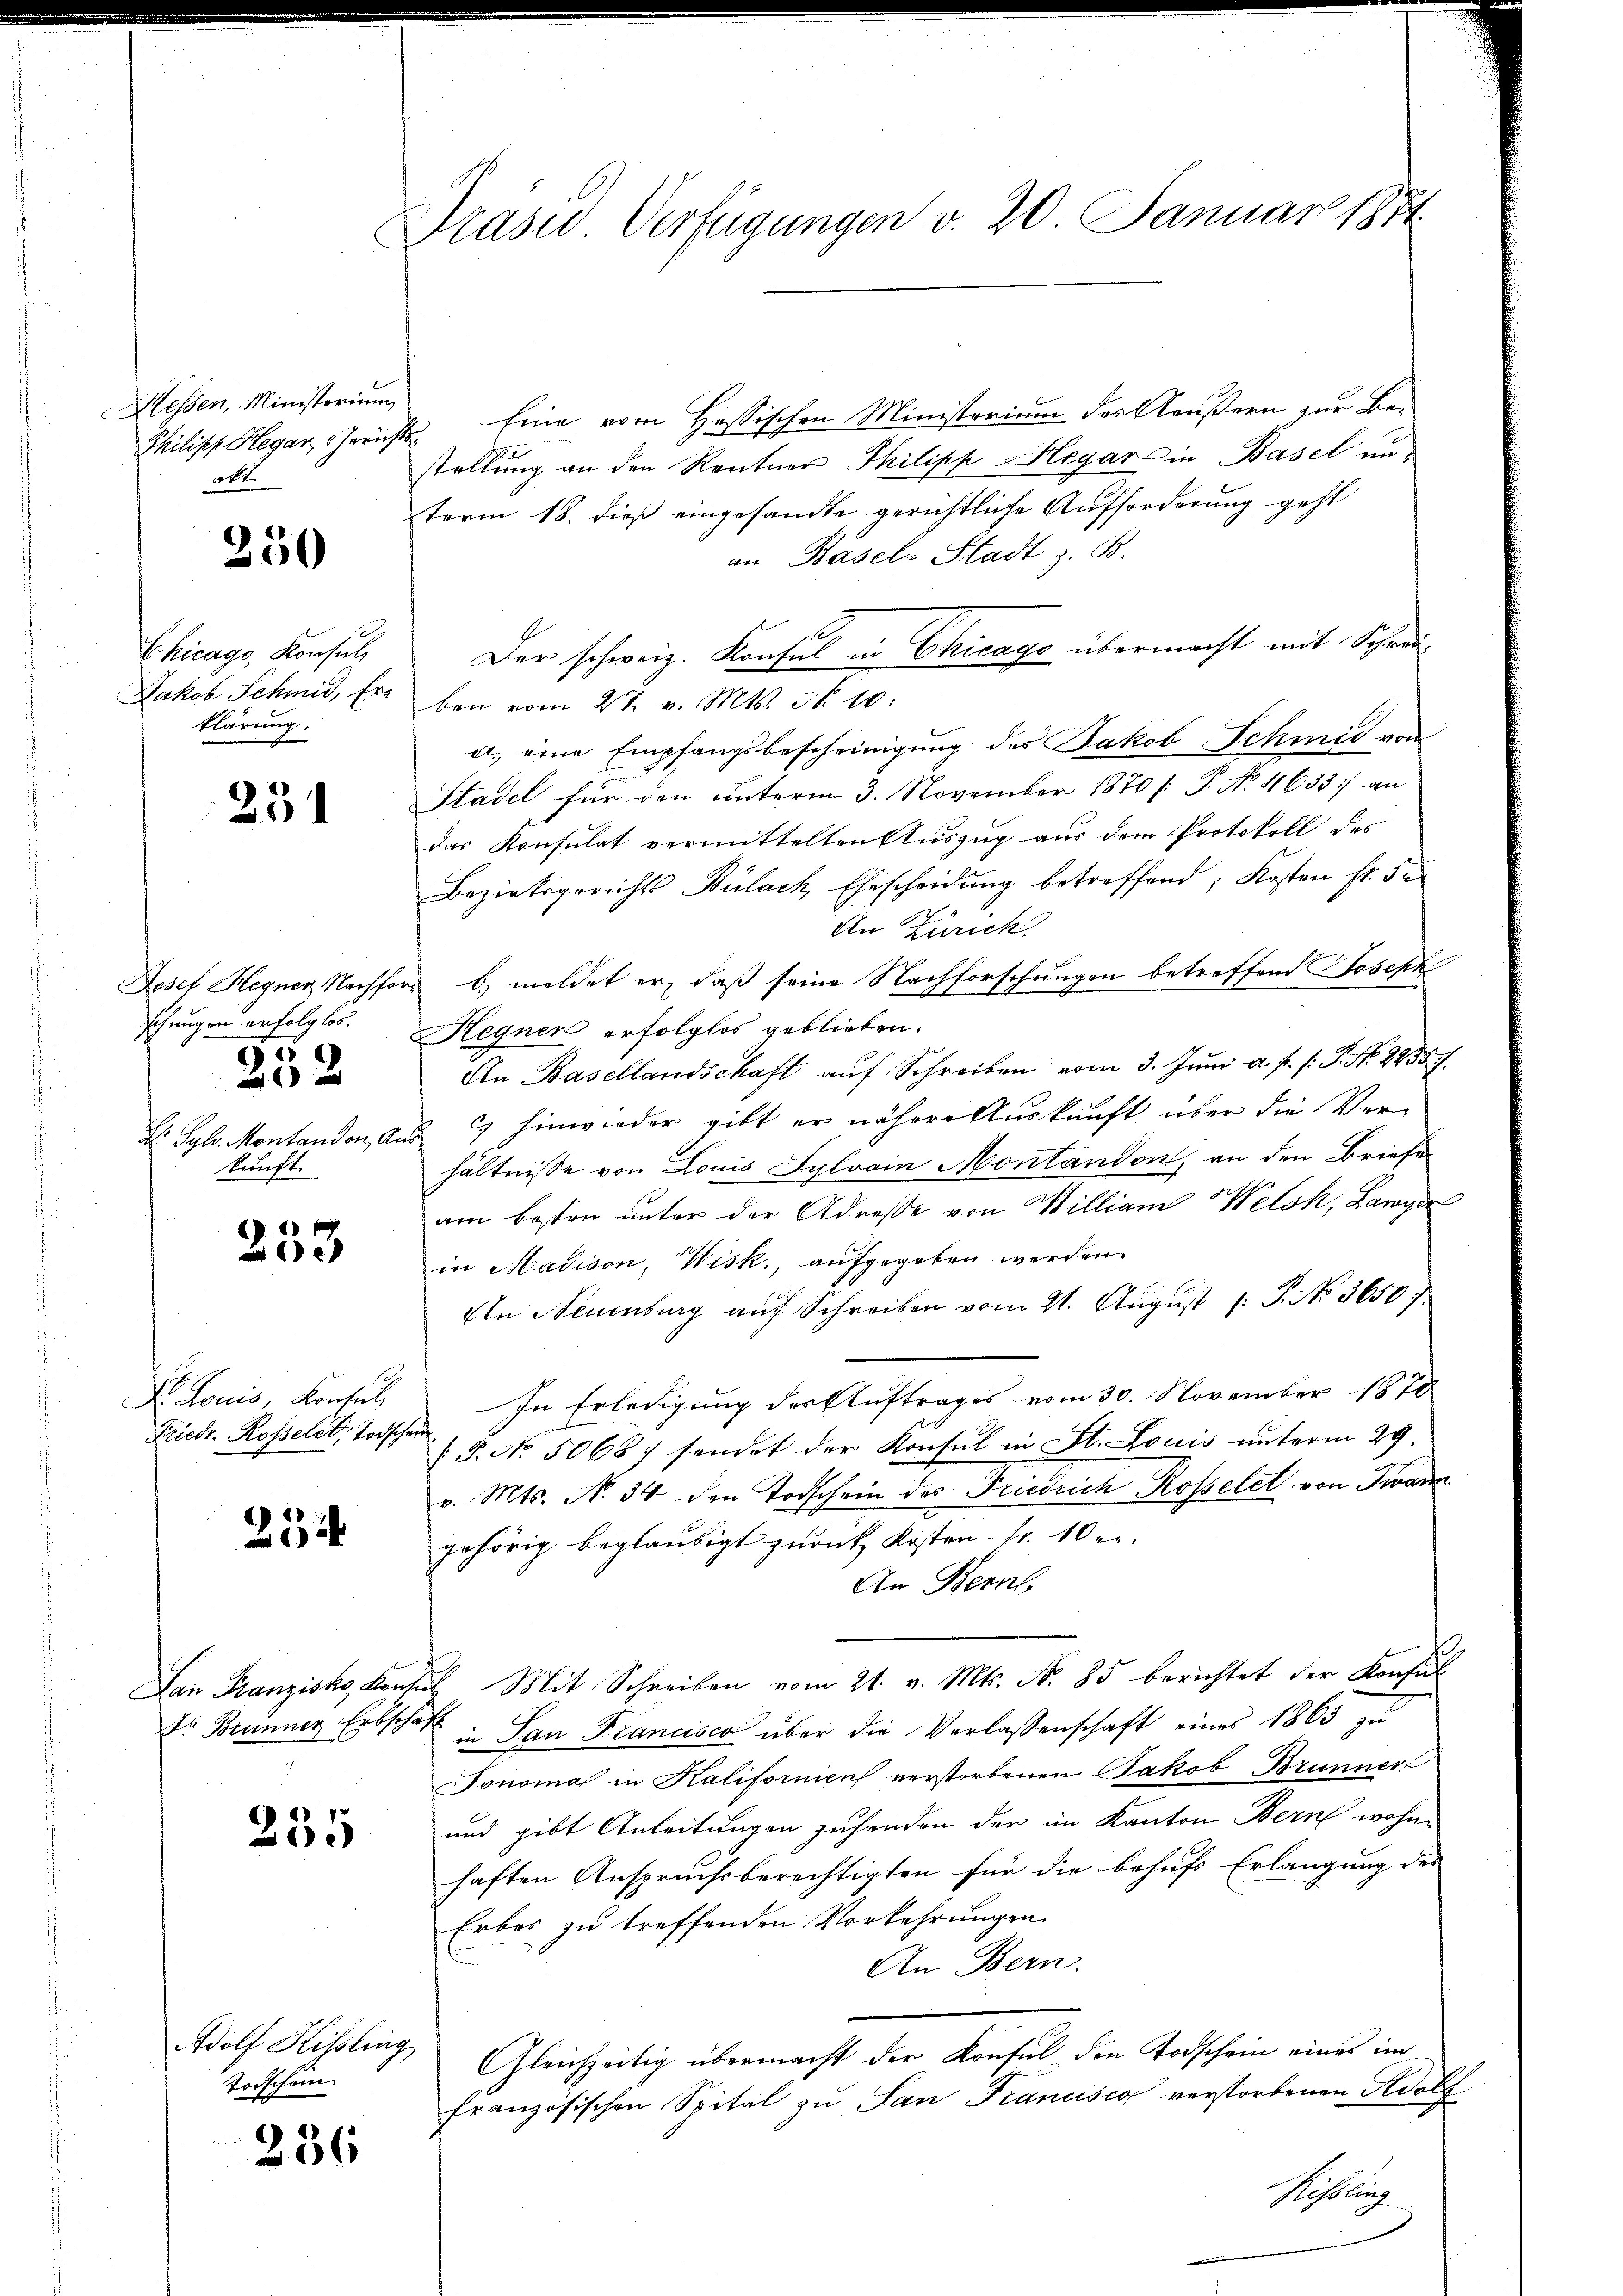
Hessen, Ministorium
Philipp Hegar, Gerich
akt.

250

Chicago, Konsul,
Jakob Schmid, Er-
klärung.

231

Josef Hegner, Nachfo
schungen erfolglos.
55
2
H Sylv. Montandon, An
kunft.

233

Dr. Louis, Konsul
Friedr. Rosseler, Todschein

234

235

Todschein

236

Präsid Verfügungen v. 20. Januar 1871

Eine vom Hassischen Ministerium des Aeußern zur Be-
stellung an den Rentner Philipp Hegar in Basel unterm 18. dieß eingesandte gerichtliche Aufforderung geht
an Basel-Stadt z. B.
10
Der schweiz. Konsul in Chicago übermacht mit Schrei-
ben vom 27. v. Mts. Nr. 10.
a. eine Empfangsbescheinigung des Jakob Schmid von
Stadel für den unterm 3. November 1870 [: P. No 11633 :/ an
das Konsulat vermittelten Auszug aus dem Protokoll des
Bezirksgerichts Bülach, Ehescheidung betreffend; Kosten fr. 5
An Zürich
b) meldet er, daß seine Nachforschungen betreffend Joseph
Hegner erfolglos geblieben.
An Basellandschaft aŭf Schreiben vom 3. Jŭni a. p. s. P. Nr. 2438.
c) hinwieder gibt er nähere Auskunft über die Verhältnisse von Louis Sylvain Montandon, an den Briefe
am besten unter der Adresse von Milliam Welsk, Lawyer
in Madison, Wisk., aufgegeben werden.
In Neuenburg auf Schreiben vom 21. August 1. P. No. 3650
In Erledigung der Auftrages vom 30. November 1870
.P. Nr. 50687 sendet der Konsul in St. Louis unterm 29.
v. Mts. N. 34 den Todschein des Friedrich Rosselet von Twann
gehörig beglaubigt zurück, Kosten Fr. 10 er
An Bern
Lan Franziska Konsul Mit Schreiben vom 21. v. Mts. N. 85 berichtet der Konsul
do Brunner Erbschaft in San Francisca über die Verlassenschaft eines 1865 zu
Tonomal in Kalifornien verstorbenen Jakob Brunner
und gibt Anleitungen zuhanden der im Kanton Bern wohnhaften Anspruchsberechtigten für die behufs Erlangung des
Erbes zu treffenden Vorkehrungen
An Bern.
Adolf Kissling Gleichzeitig übermacht der Konsul den Todschein eines im
französischen Spital zu San Francisco verstorbenen Adolf
Rissling